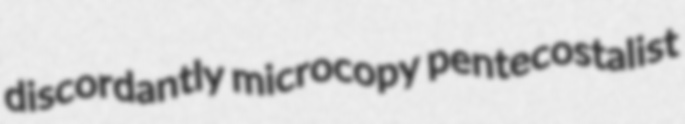
discordantly microcopy pentecostalist